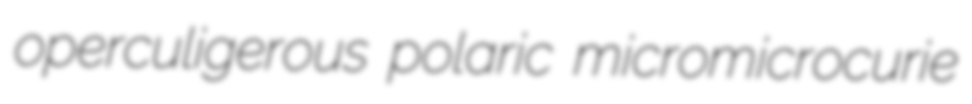
operculigerous polaric micromicrocurie